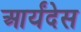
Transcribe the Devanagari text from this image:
आर्यंदेस